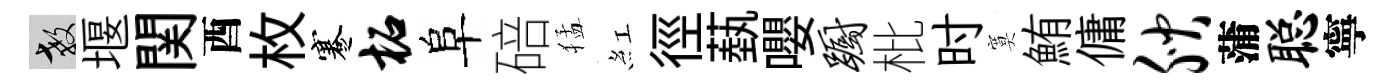
教堰関酉枚蹇柘阜碚猛紅徑蓺嚶蹰枇时寞鮪傭腴蒲聪寧